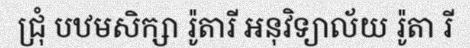
ជ្រុំ បឋមសិក្សា រ៉ូតារី អនុវិទ្យាល័យ រ៉ូតា រី